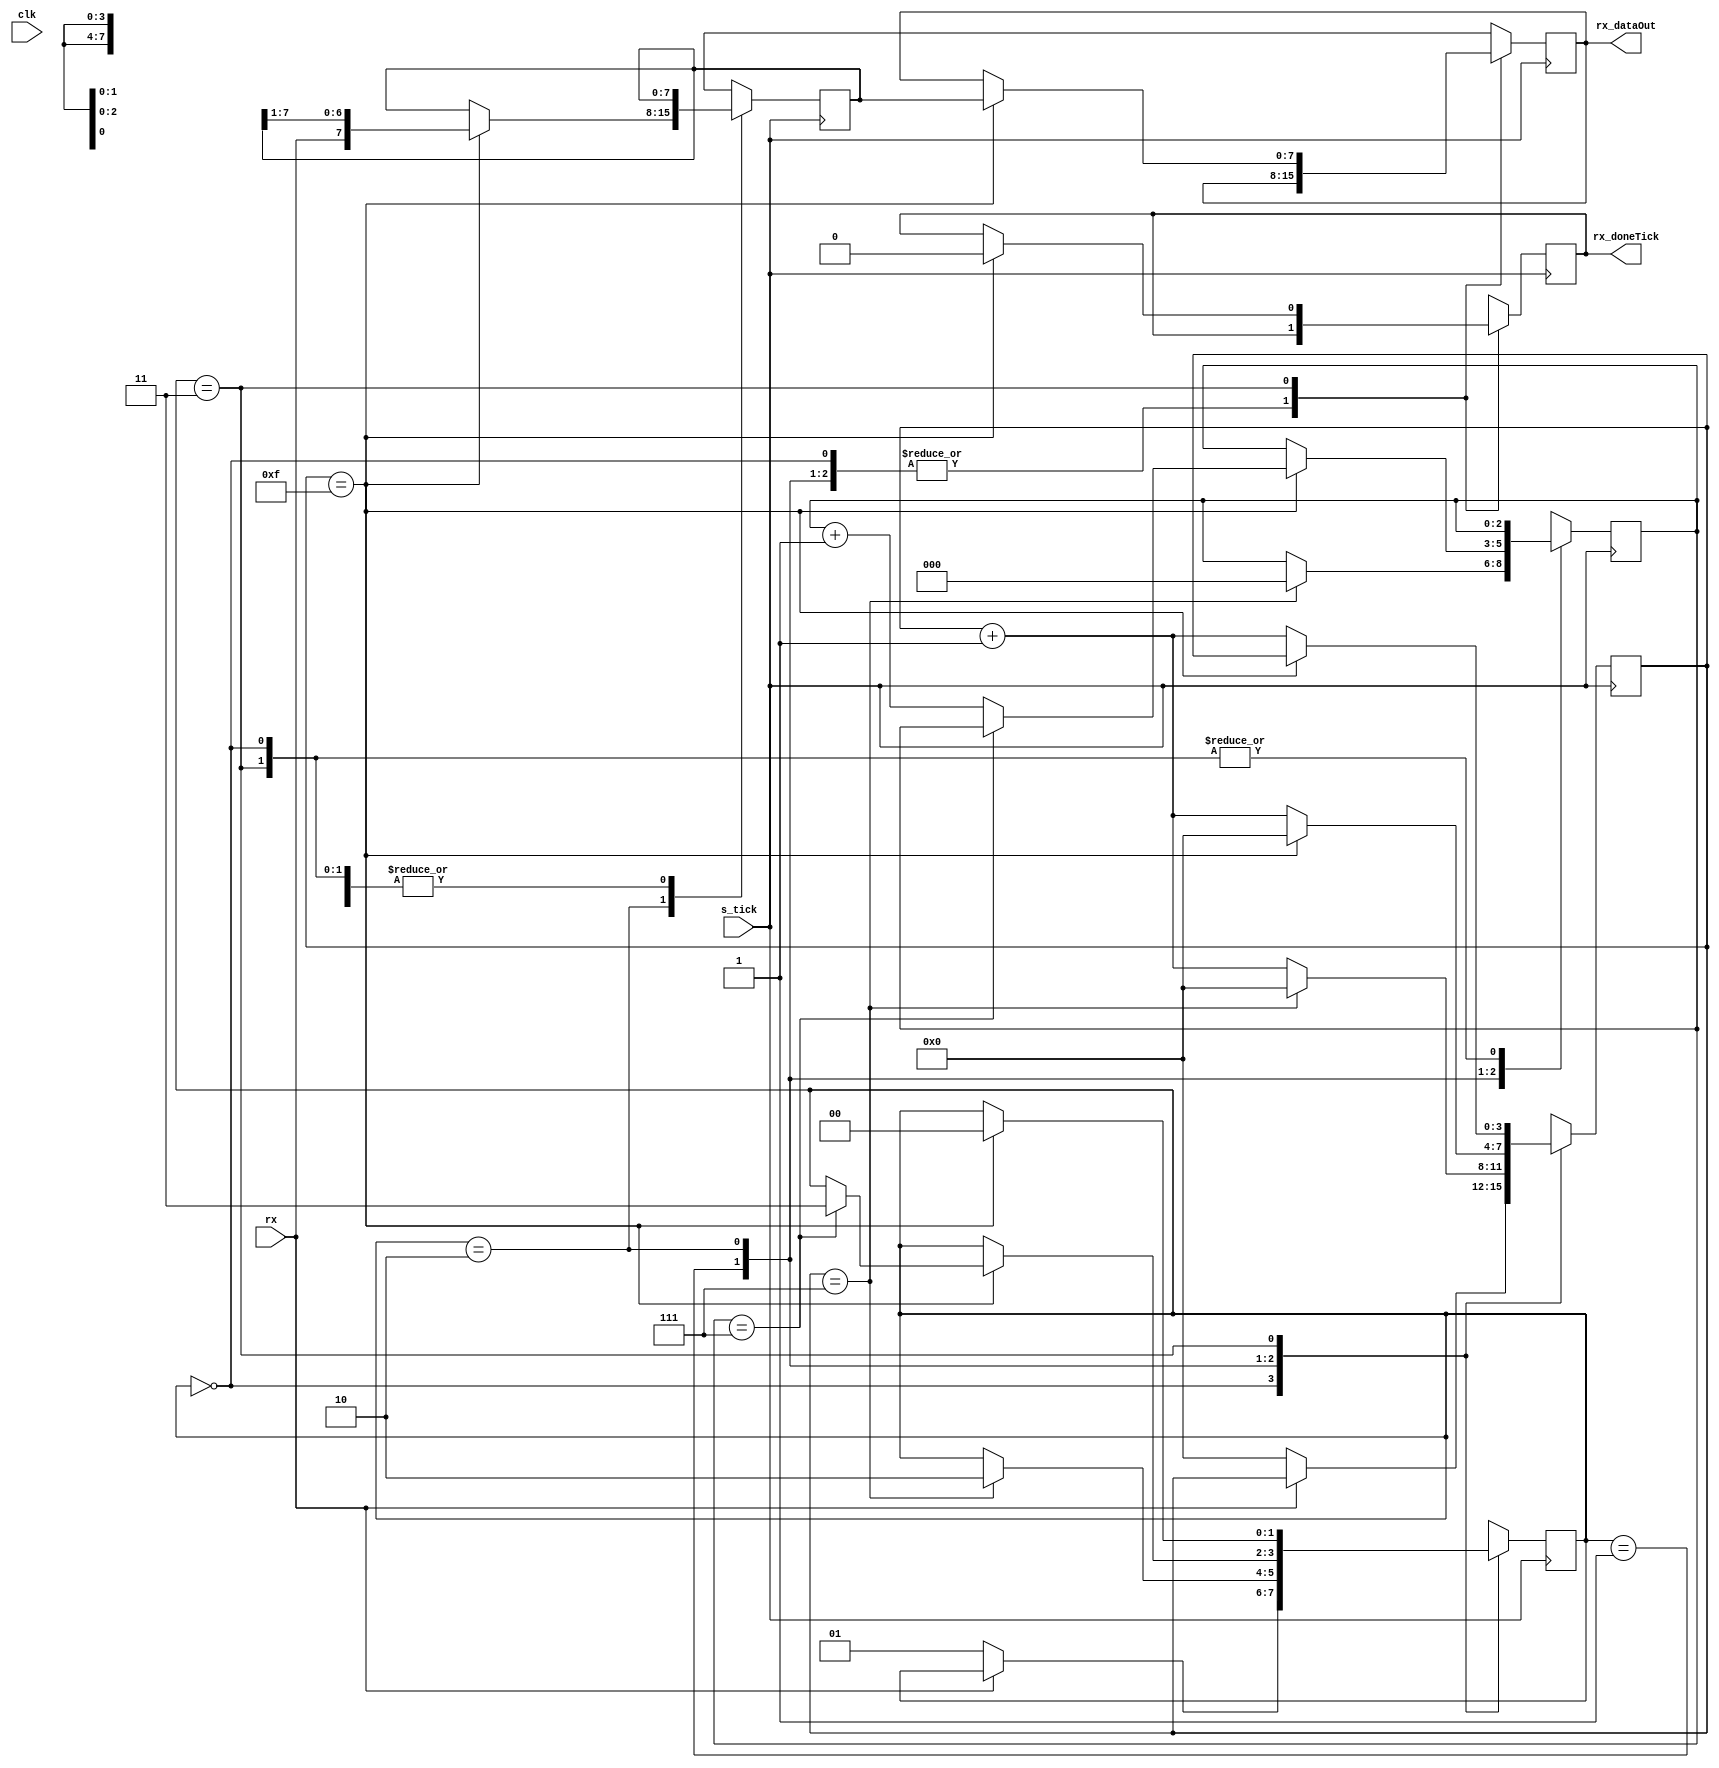
`timescale 1ns/1ns

module receiver(rx, s_tick, rx_dataOut, rx_doneTick, clk);
parameter numberOfDataBits = 8;
parameter stopBitTicks = 16;

input wire clk, rx, s_tick /* Baud rate clk */;
output reg [7:0] rx_dataOut;
output reg rx_doneTick;

reg [1:0] state;
// Idle  00
// Start 01
// Data  10
// Stop  11

reg [3:0] tickCounter = 0;
reg [2:0] receivedBitsCounter = 0;
reg [7:0] recieverBuffer = 0;

initial begin
    state = 2'b00;
    rx_dataOut = 0;
    rx_doneTick = 0;
end

always @(posedge s_tick) begin
    case(state) 

        2'b00: begin // Idle
            if(rx == 0) begin
                tickCounter = 0;
                state = 2'b01;
            end
        end

        2'b01: begin // Start
            if(tickCounter == 7) begin
                tickCounter = 0;
                receivedBitsCounter = 0;
                state = 2'b10;
            end
            else begin
                tickCounter = tickCounter + 1;
            end
        end

        2'b10: begin // Data
            if(tickCounter == 15) begin
                tickCounter = 0;
                recieverBuffer = { rx, recieverBuffer[numberOfDataBits-1 : 1] }; //shift right;
                if(receivedBitsCounter == numberOfDataBits - 1) begin
                    state = 2'b11;
                end
                else begin
                    receivedBitsCounter = receivedBitsCounter + 1;
                end
            end
            else begin
                tickCounter = tickCounter + 1;
            end
        end

        2'b11: begin // Stop
            if(tickCounter == stopBitTicks-1) begin
                rx_dataOut = recieverBuffer;
                rx_doneTick = 1;
                #15
                rx_doneTick = 0;
                state = 2'b00;

            end
            else begin
                tickCounter = tickCounter + 1;
            end
        end

        default: ;

    endcase
end  
endmodule